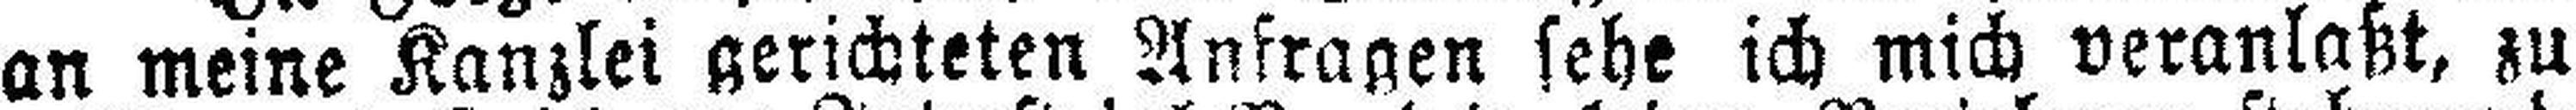
an meine Kanzlei gerichteten Anfragen sehe ich mich veranlaßt, zu